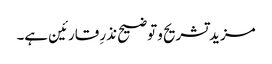
مزید تشریح و توضیح نذرِ قارئین ہے۔